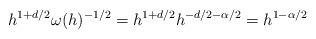
LaTeX: \begin{align*} h^{1+d/2}\omega(h)^{-1/2} = h^{1+d/2} h^{-d/2-\alpha/2} = h^{1-\alpha/2}\end{align*}